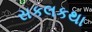
સકલકથા